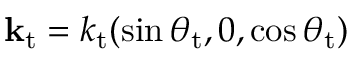
{ \bf k } _ { \mathrm { t } } = k _ { \mathrm { t } } ( \sin \theta _ { \mathrm { t } } , 0 , \cos \theta _ { \mathrm { t } } )